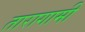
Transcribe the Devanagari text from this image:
तारागामी